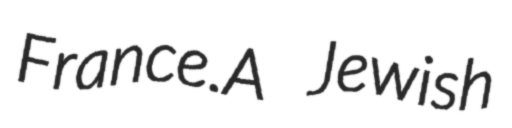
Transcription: France.A Jewish